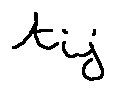
t _ { i j }